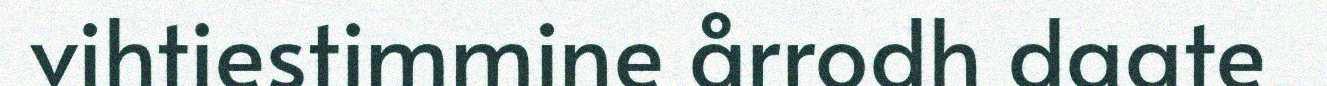
vihtiestimmine årrodh daate